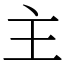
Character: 主